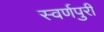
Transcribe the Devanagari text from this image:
स्वर्णपुरी